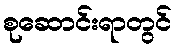
စုဆောင်းရာတွင်